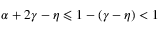
\alpha + 2 \gamma - \eta \leqslant 1 - \left( \gamma - \eta \right) < 1